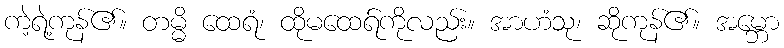
ကဲ့ရဲ့ကုန်၏။ တမ္မိ ထေရံ၊ ထိုမထေရ်ကိုလည်း။ အာဟံသု၊ ဆိုကုန်၏။ အမ္ဘော